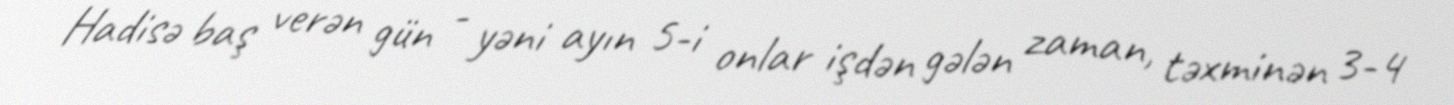
Hadisə baş verən gün - yəni ayın 5-i onlar işdən gələn zaman, təxminən 3-4